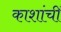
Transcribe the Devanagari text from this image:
काशांचीं